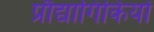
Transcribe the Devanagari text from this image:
प्रौद्यागिकियों